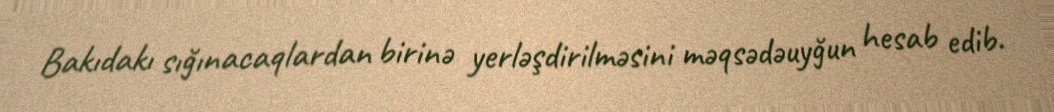
Bakıdakı sığınacaqlardan birinə yerləşdirilməsini məqsədəuyğun hesab edib.